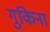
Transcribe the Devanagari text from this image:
गुकिना